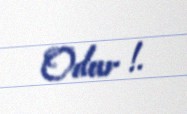
Odur !.